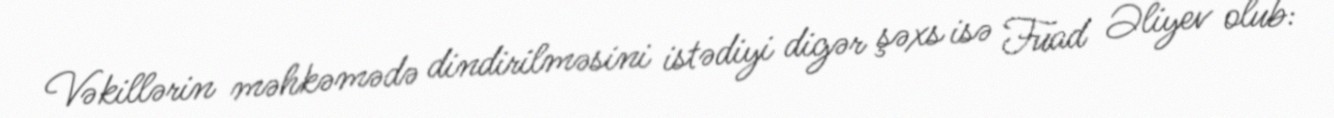
Vəkillərin məhkəmədə dindirilməsini istədiyi digər şəxs isə Fuad Əliyev olub: